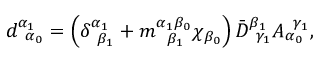
d _ { \; \; \alpha _ { 0 } } ^ { \alpha _ { 1 } } = \left( \delta _ { \; \; \beta _ { 1 } } ^ { \alpha _ { 1 } } + m _ { \; \; \; \beta _ { 1 } } ^ { \alpha _ { 1 } \beta _ { 0 } } \chi _ { \beta _ { 0 } } \right) \bar { D } _ { \; \; \gamma _ { 1 } } ^ { \beta _ { 1 } } A _ { \alpha _ { 0 } } ^ { \; \; \gamma _ { 1 } } ,